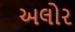
અલોર